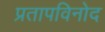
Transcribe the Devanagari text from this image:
प्रतापविनोद